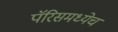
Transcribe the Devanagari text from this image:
पॅरिसमध्येच